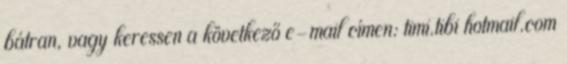
bátran, vagy keressen a következő e-mail címen: timi.tibi hotmail.com